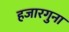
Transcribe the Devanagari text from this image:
हजारगुना